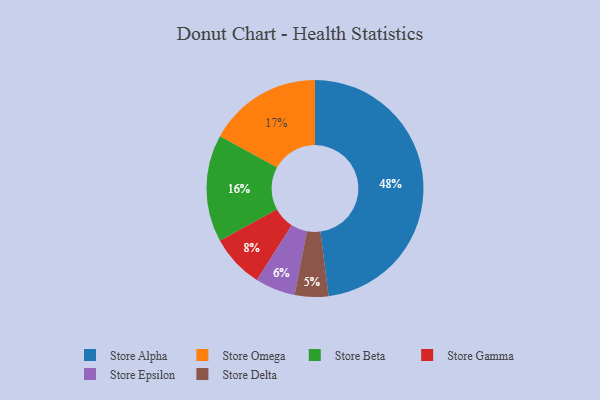
{"axis": {"x": "Category", "y": "Percentage"}, "legend": ["Store Alpha", "Store Beta", "Store Delta", "Store Epsilon", "Store Gamma", "Store Omega"], "data": [{"x": "Store Gamma", "y": 8, "type": "Store Gamma"}, {"x": "Store Omega", "y": 17, "type": "Store Omega"}, {"x": "Store Delta", "y": 5, "type": "Store Delta"}, {"x": "Store Epsilon", "y": 6, "type": "Store Epsilon"}, {"x": "Store Beta", "y": 16, "type": "Store Beta"}, {"x": "Store Alpha", "y": 48, "type": "Store Alpha"}]}